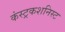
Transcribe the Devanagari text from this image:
कंस्ट्रकशनिस्ट